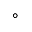
\circ